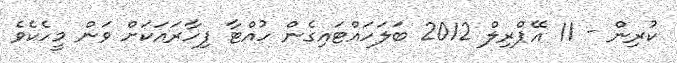
ކުރިން - 11 އޭޕްރިލް 2012 ބަލަހައްޓައިގެން ހުއްޓާ ފިހާރައަކަށް ވަން މީހެކެވެ